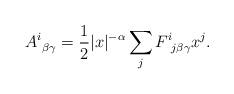
LaTeX: \begin{align*} A^i_{\: \: \beta \gamma} = \frac12 |x|^{- \alpha} \sum_jF^i_{\: \: j \beta \gamma} x^j.\end{align*}